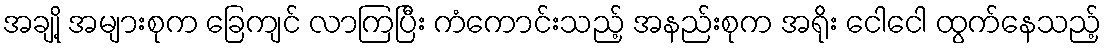
အချို့ အများစုက ခြေကျင် လာကြပြီး ကံကောင်းသည့် အနည်းစုက အရိုး ငေါငေါ ထွက်နေသည့်